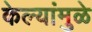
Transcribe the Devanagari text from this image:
केल्यांमुळे